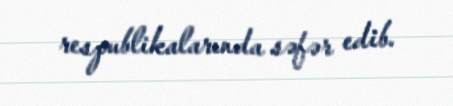
respublikalarında səfər edib.